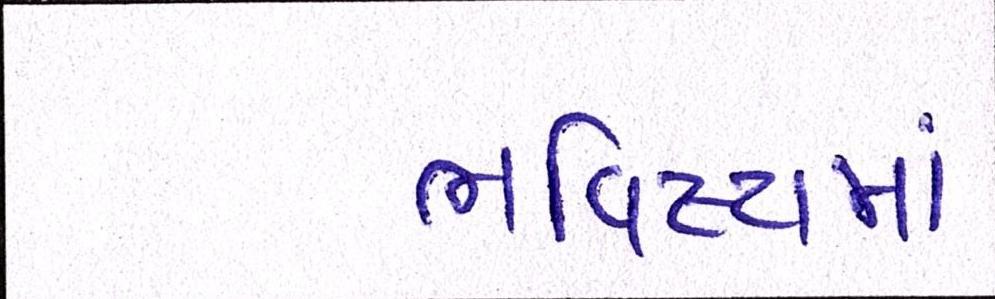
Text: ભવિષ્યમાં